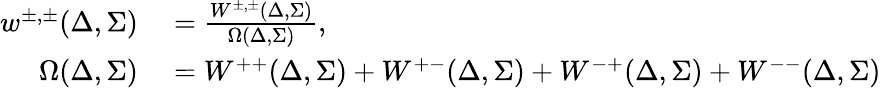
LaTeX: \begin{array}{rl}{w^{\pm,\pm}(\Delta,\Sigma)}&{{}=\frac{W^{\pm,\pm}(\Delta,\Sigma)}{\Omega(\Delta,\Sigma)},}\\ {\Omega(\Delta,\Sigma)}&{{}=W^{++}(\Delta,\Sigma)+W^{+-}(\Delta,\Sigma)+W^{-+}(\Delta,\Sigma)+W^{--}(\Delta,\Sigma)}\end{array}